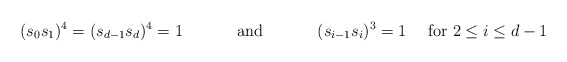
\begin{align*}(s_0s_1)^4=(s_{d-1}s_d)^4=1\quad\quad\quad\mbox{ and }\quad\quad\quad(s_{i-1}s_i)^3=1\quad\mbox{ for }2\le i\le d-1\end{align*}